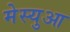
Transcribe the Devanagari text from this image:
मेस्युआ